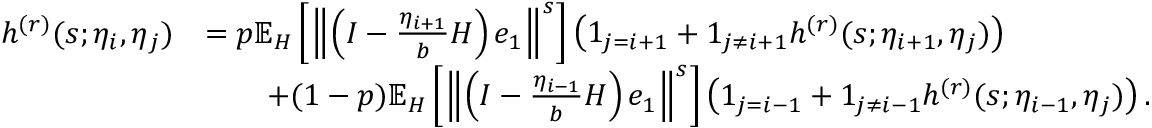
\begin{array} { r l } { h ^ { ( r ) } ( s ; \eta _ { i } , \eta _ { j } ) } & { = p \mathbb { E } _ { H } \left[ \left\Vert \left( I - \frac { \eta _ { i + 1 } } { b } H \right) e _ { 1 } \right\Vert ^ { s } \right] \left( 1 _ { j = i + 1 } + 1 _ { j \neq i + 1 } h ^ { ( r ) } ( s ; \eta _ { i + 1 } , \eta _ { j } ) \right) } \\ & { \qquad + ( 1 - p ) \mathbb { E } _ { H } \left[ \left\Vert \left( I - \frac { \eta _ { i - 1 } } { b } H \right) e _ { 1 } \right\Vert ^ { s } \right] \left( 1 _ { j = i - 1 } + 1 _ { j \neq i - 1 } h ^ { ( r ) } ( s ; \eta _ { i - 1 } , \eta _ { j } ) \right) . } \end{array}